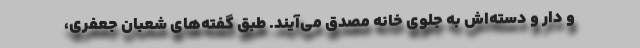
و دار و دسته‌اش به جلوی خانه مصدق می‌آیند. طبق گفته‌های شعبان جعفری،